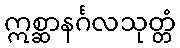
ဣစ္ဆာနင်္ဂလသုတ္တံ